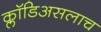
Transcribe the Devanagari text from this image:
क्लॉडिअसलाच